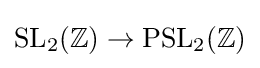
{\text{SL}}_{2}(\mathbb {Z} )\to {\text{PSL}}_{2}(\mathbb {Z} )